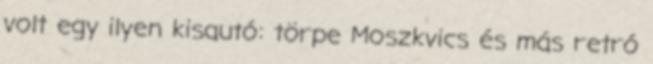
volt egy ilyen kisautó: törpe Moszkvics és más retró